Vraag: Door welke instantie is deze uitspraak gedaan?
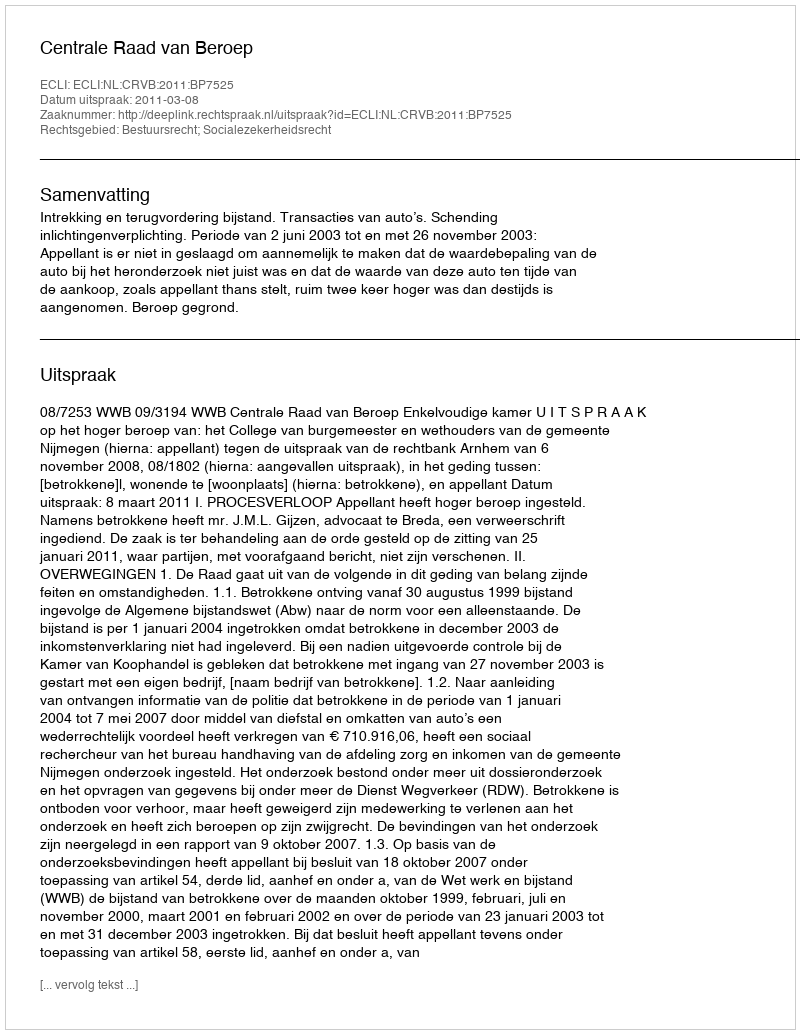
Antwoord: Centrale Raad van Beroep